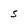
Character: 5